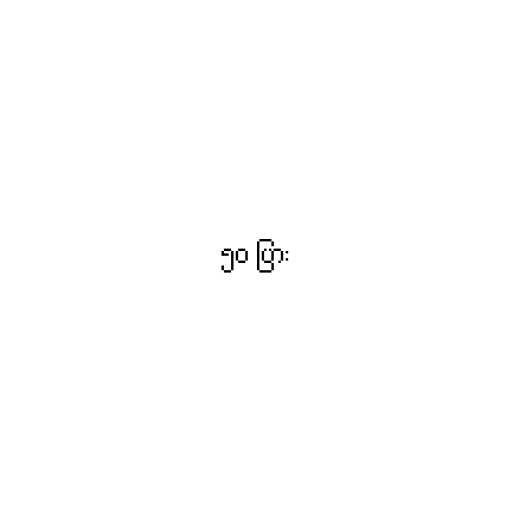
၅၀ ပြား